Lunatic asylums Madras 1877-1891 - 1877-1891
Year: 1877
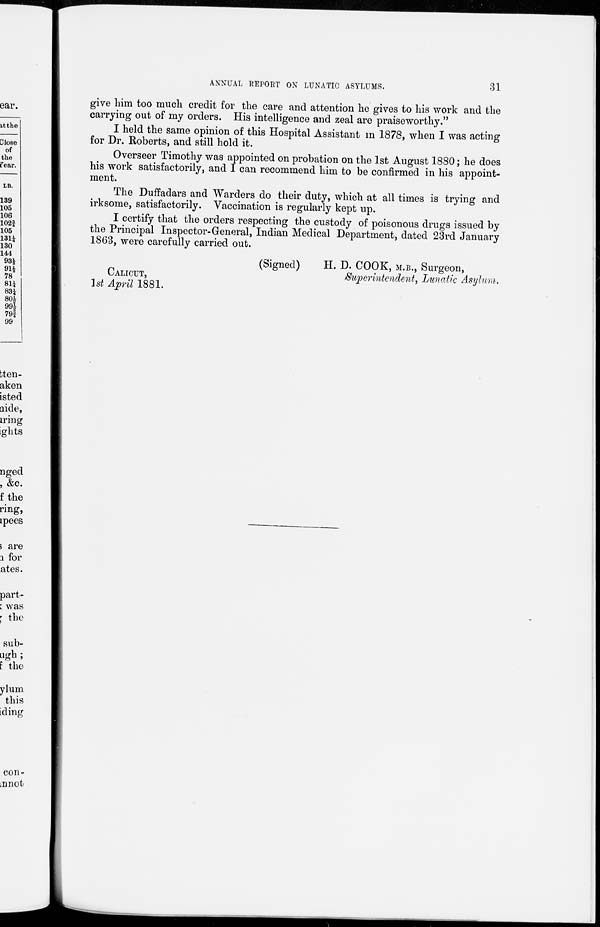
31
ANNUAL REPORT ON LUNATIC ASYLUMS.
give him too much credit for the care and attention he gives to his work and the
carrying out of my orders. His intelligence and zeal are praiseworthy."
I held the same opinion of this Hospital Assistant in 1878, when I was acting
for Dr. Roberts, and still hold it.
Overseer Timothy was appointed on probation on the 1st August 1880; he does
his work satisfactorily, and I can recommend him to be confirmed in his appoint-
ment.
The Duffadars and Warders do their duty, which at all times is trying and
irksome, satisfactorily. Vaccination is regularly kept up.
I certify that the orders respecting the custody of poisonous drugs issued by
the Principal Inspector-General, Indian Medical Department, dated 23rd January
1863, were carefully carried out.
(Signed)
H. D. COOK, M.B., Surgeon,
CALICUT,
Superintendent, Lunatic Asylum.
1st April 1881.